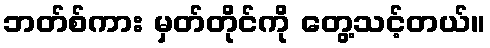
ဘတ်စ်ကား မှတ်တိုင်ကို တွေ့သင့်တယ်။